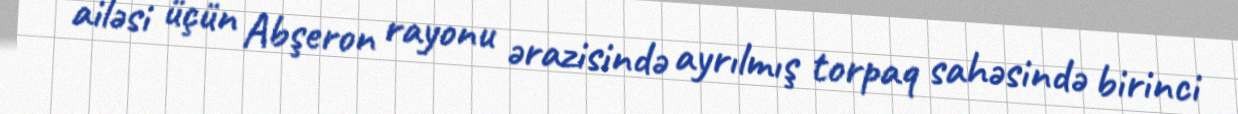
ailəsi üçün Abşeron rayonu ərazisində ayrılmış torpaq sahəsində birinci